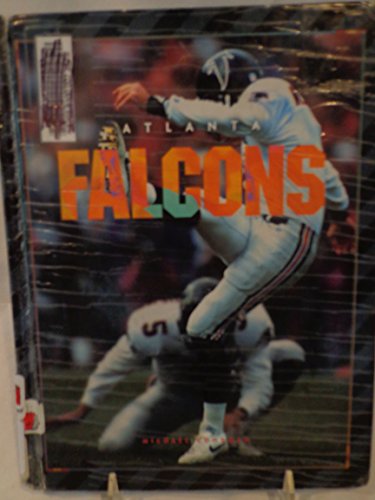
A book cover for Atlanta Falcons (NFL Today); Michael E. Goodman; Teen & Young Adult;